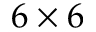
6 \times 6